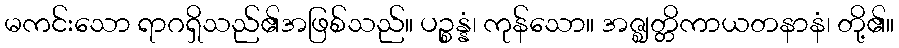
မကင်းသော ရာဂရှိသည်၏အဖြစ်သည်။ ပဉ္စန္နံ၊ ကုန်သော။ အဇ္ဈတ္တိကာယတနာနံ၊ တို့၏။